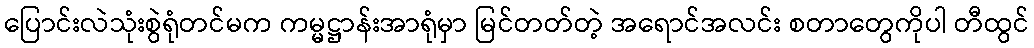
ပြောင်းလဲသုံးစွဲရုံတင်မက ကမ္မဋ္ဌာန်းအာရုံမှာ မြင်တတ်တဲ့ အရောင်အလင်း စတာတွေကိုပါ တီထွင်